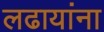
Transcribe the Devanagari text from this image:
लढायांना